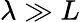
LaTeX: \lambda\gg L